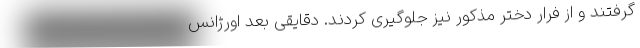
گرفتند و از فرار دختر مذکور نیز جلوگیری کردند. دقایقی بعد اورژانس